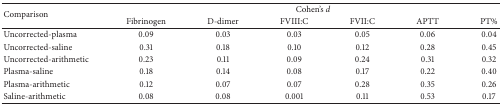
<table><thead><tr><td rowspan="2"><b>Comparison</b></td><td colspan="6"><b>Cohen&#x27;s <i>d </i></b></td></tr><tr><td><b>Fibrinogen</b></td><td><b>D-dimer</b></td><td><b>FVIII:C</b></td><td><b>FVII:C</b></td><td><b>APTT</b></td><td><b>PT%</b></td></tr></thead><tbody><tr><td>Uncorrected-plasma</td><td>0.09</td><td>0.03</td><td>0.03</td><td>0.05</td><td>0.06</td><td>0.04</td></tr><tr><td>Uncorrected-saline</td><td>0.31</td><td>0.18</td><td>0.10</td><td>0.12</td><td>0.28</td><td>0.45</td></tr><tr><td>Uncorrected-arithmetic</td><td>0.23</td><td>0.11</td><td>0.09</td><td>0.24</td><td>0.31</td><td>0.32</td></tr><tr><td>Plasma-saline</td><td>0.18</td><td>0.14</td><td>0.08</td><td>0.17</td><td>0.22</td><td>0.40</td></tr><tr><td>Plasma-arithmetic</td><td>0.12</td><td>0.07</td><td>0.07</td><td>0.28</td><td>0.35</td><td>0.26</td></tr><tr><td>Saline-arithmetic</td><td>0.08</td><td>0.08</td><td>0.001</td><td>0.11</td><td>0.53</td><td>0.17</td></tr></tbody></table>